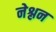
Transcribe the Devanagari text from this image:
नेश्लन